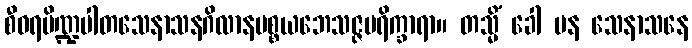
စီဝရပိဏ္ဍပါတသေနာသနဂိလာနပစ္စယဘေသဇ္ဇပရိက္ခာရာ။ တသ္မိံ ခေါ ပန သေနာသနေ